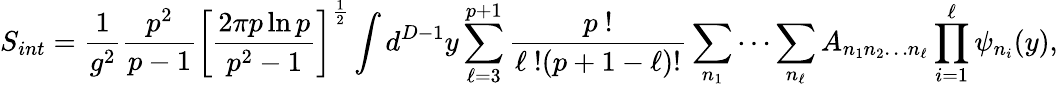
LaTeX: S_{int}=\frac{1}{g^{2}}\frac{p^{2}}{p-1}\left[\frac{2\pi p\ln p}{p^{2}-1}\right]^{\frac{1}{2}}\int d^{D-1}y\sum_{\ell=3}^{p+1}\frac{p\ !}{\ell\ !(p+1-\ell)!}\sum_{n_{1}}\cdots\sum_{n_{\ell}}A_{n_{1}n_{2}\dots n_{\ell}}\prod_{i=1}^{\ell}\psi_{n_{i}}(y),